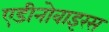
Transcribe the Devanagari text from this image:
एडीनोवाइरस